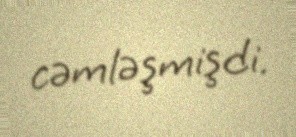
cəmləşmişdi.